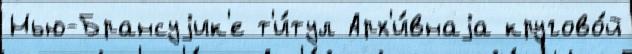
Нью-Брансуjик'е т'и́тул Арх'и́внаjа кругово́й